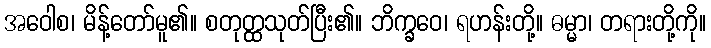
အဝေါစ၊ မိန့်တော်မူ၏။ စတုတ္ထသုတ်ပြီး၏။ ဘိက္ခဝေ၊ ရဟန်းတို့။ ဓမ္မာ၊ တရားတို့ကို။